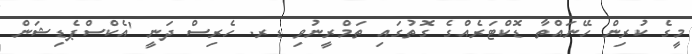
މީގެ ކުރިން ހޭނައްތާ ޑޮކްޓަރެއްގެ ގޮތުގައި ތަމްރީނުވި ޑރ. ހެރިސް ދަނީ 'އެކްސްޕެޑިޝަން